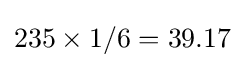
235\times 1/6=39.17